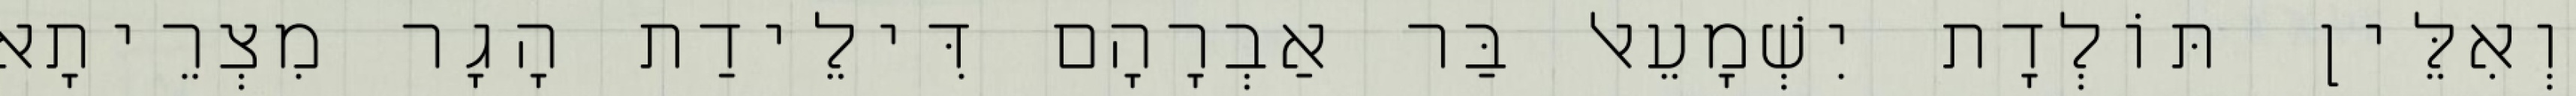
וְאִלֵּין תּוֹלְדָת יִשְׁמָעֵאל בַּר אַבְרָהָם דִּילֵידַת הָגָר מִצְרֵיתָא